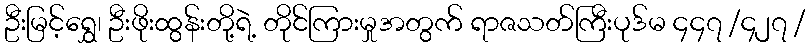
ဦးမြင့်ရွှေ၊ ဦးဖိုးထွန်းတို့ရဲ့ တိုင်ကြားမှုအတွက် ရာဇသတ်ကြီးပုဒ်မ ၄၄၇ /၄၂၇ /